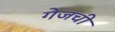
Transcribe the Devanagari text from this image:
गेजची